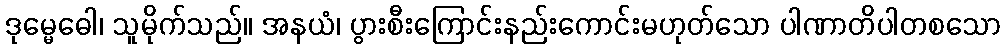
ဒုမ္မေဓေါ၊ သူမိုက်သည်။ အနယံ၊ ပွားစီးကြောင်းနည်းကောင်းမဟုတ်သော ပါဏာတိပါတစသော